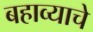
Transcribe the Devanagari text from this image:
बहाव्याचे